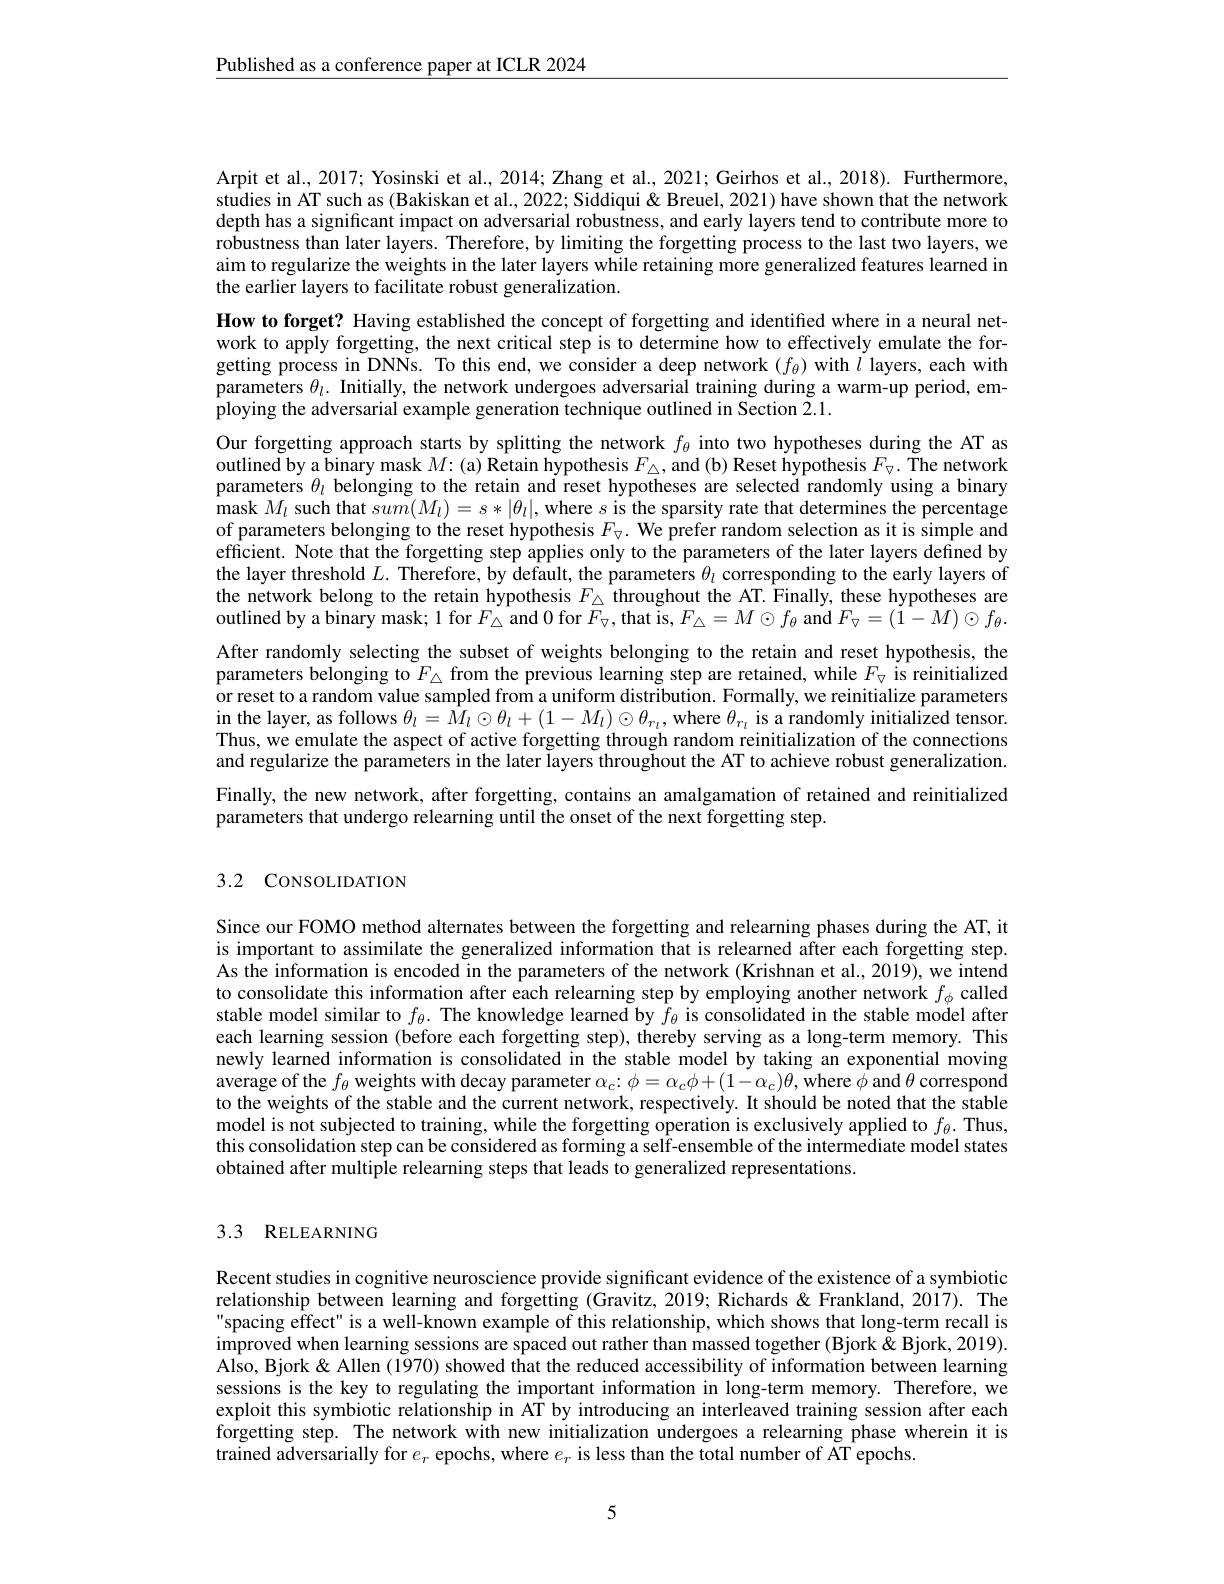
$\underline{\text{Published as a conference paper at ICLR 2024}}$

Arpit et al, 2017; Yosinski et al., 2014; Zhang et al., 2021; Geirhos et al., 2018). Furthermore, studies in AT such as (Bakiskan et al., 2022; Siddiqui & Breuel, 2021) have shown that the network depth has a significant impact on adversarial robustness, and early layers tend to contribute more to robustness than later layers. Therefore, by limiting the forgetting process to the last two layers, we aim to regularize the weights in the later layers while retaining more generalized features learned in the earlier layers to facilitate robust generalization.
How to forget? Having established the concept of forgetting and identified where in a neural network to apply forgetting, the next critical step is to determine how to effectively emulate the forgetting process in DNNs. To this end, we consider a deep network $(f_\theta)$ with $l$ layers, each with parameters $\theta_l.$ Initially, the network undergoes adversarial training during a warm-up period, employing the adversarial example generation technique outlined in Section 2.1.
Our forgetting approach starts by splitting the network $f_{\theta}$ into two hypotheses during the AT as outlined by a binary mask $M$:(a) Retain hypothesis $F_\triangle$, and (b) Reset hypothesis $F_\nabla.$ The network parameters $\theta_l$ belonging to the retain and reset hypotheses are selected randomly using a binary mask $M_{l}$ such that $sum( M_{l}) = s* | \theta _{l}| $,where $s$ is the sparsity rate that determines the percentage mask $M_{l}$ such that $sum( M_{l}) = s* | \theta _{l}| $,where $s$ is the sparsity rate that determines the percentage of parameters belonging to the reset hypothesis $F_{\nabla}.$ We prefer random selection as it is simple and efficient. Note that the forgetting step applies only to the parameters of the later layers defined by the layer threshold $L.$ Therefore, by default, the parameters $\theta_l$ corresponding to the early layers of the network belong to the retain hypothesis $F_\triangle\hat{\text{throughout the AT.Finally, these hypotheses are}}$ outlined by a binary mask; 1 for $F_{\triangle}$ and 0 for $F_{\triangledown}$,that is, $F_{\triangle}=M\odot f_{\theta}$ and $F_{\nabla}=(\tilde{1}-M)\odot f_{\theta}.$ After randomly selecting the subset of weights belonging to the retain and reset hypothesis, the parameters belonging to $F_{\triangle}$ from the previous learning step are retained, while $F_{\triangledown}$ is reinitialized or reset to a random value sampled from a uniform distribution. Formally, we reinitialize parameters in the layer, as follows $\theta_l=\tilde{M}_l\odot\theta_l+(1-M_l)\odot\theta_{r_l}$, where $\theta_{r_l}$ is a randomly initialized tensor. Thus, we emulate the aspect of active forgetting through random reinitialization of the connections and regularize the parameters in the later layers throughout the AT to achieve robust generalization. Finally, the new network, after forgetting, contains an amalgamation of retained and reinitialized parameters that undergo relearning until the onset of the next forgetting step.

## 3.2 CoNSOLIDATION

Since our FOMO method alternates between the forgetting and relearning phases during the AT, it is important to assimilate the generalized information that is relearned after each forgetting step. As the information is encoded in the parameters of the network (Krishnan et al., 2019), we intend to consolidate this information after each relearning step by employing another network $f_\phi$ called stable model similar to $f_\theta.$ The knowledge learned by $f_\theta$ is consolidated in the stable model after each learning session (before each forgetting step), thereby serving as a long-term memory. This newly learned information is consolidated in the stable model by taking an exponential moving average of the $f_\theta$ weights with decay parameter $\alpha_c:\phi=\alpha_c\phi+(1-\alpha_c)\theta$,where $\phi$ and $\theta$ correspond to the weights of the stable and the current network, respectively. It should be noted that the stable model is not subjected to training, while the forgetting operation is exclusively applied to $f_\theta.$ Thus, this consolidation step can be considered as forming a self-ensemble of the intermediate model states obtained after multiple relearning steps that leads to generalized representations

### 3.3 RELEARNING

Recent studies in cognitive neuroscience provide significant evidence of the existence of a symbiotic relationship between learning and forgetting (Gravitz, 2019; Richards&Frankland, 2017). The spacing effect" is a well-known example of this relationship, which shows that long-term recall is improved when learning sessions are spaced out rather than massed together (Bjork & Bjork, 2019). Also, Bjork & Allen (1970) showed that the reduced accessibility of information between learning sessions is the key to regulating the important information in long-term memory. Therefore, we exploit this symbiotic relationship in AT by introducing an interleaved training session after each forgetting step. The network with new initialization undergoes a relearning phase wherein it is trained adversarially for $e_r$ epochs, where $e_r$ is less than the total number of AT epochs.

5